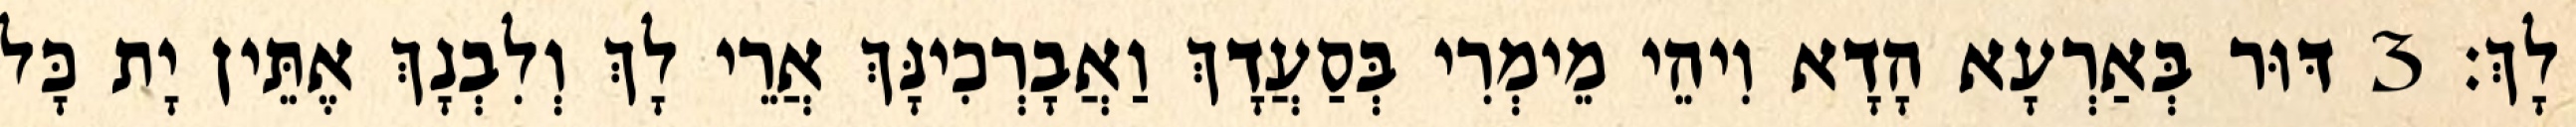
לָךְ׃ 3 דּוּר בְּאַרְעָא הָדָא וִיהֵי מֵימְרִי בְּסַעֲדָךְ וַאֲבָרְכִינָּךְ אֲרֵי לָךְ וְלִבְנָךְ אֶתֵּין יָת כָּל